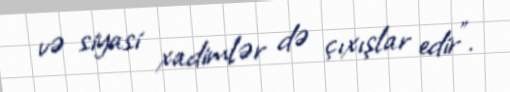
və siyasi xadimlər də çıxışlar edir”.